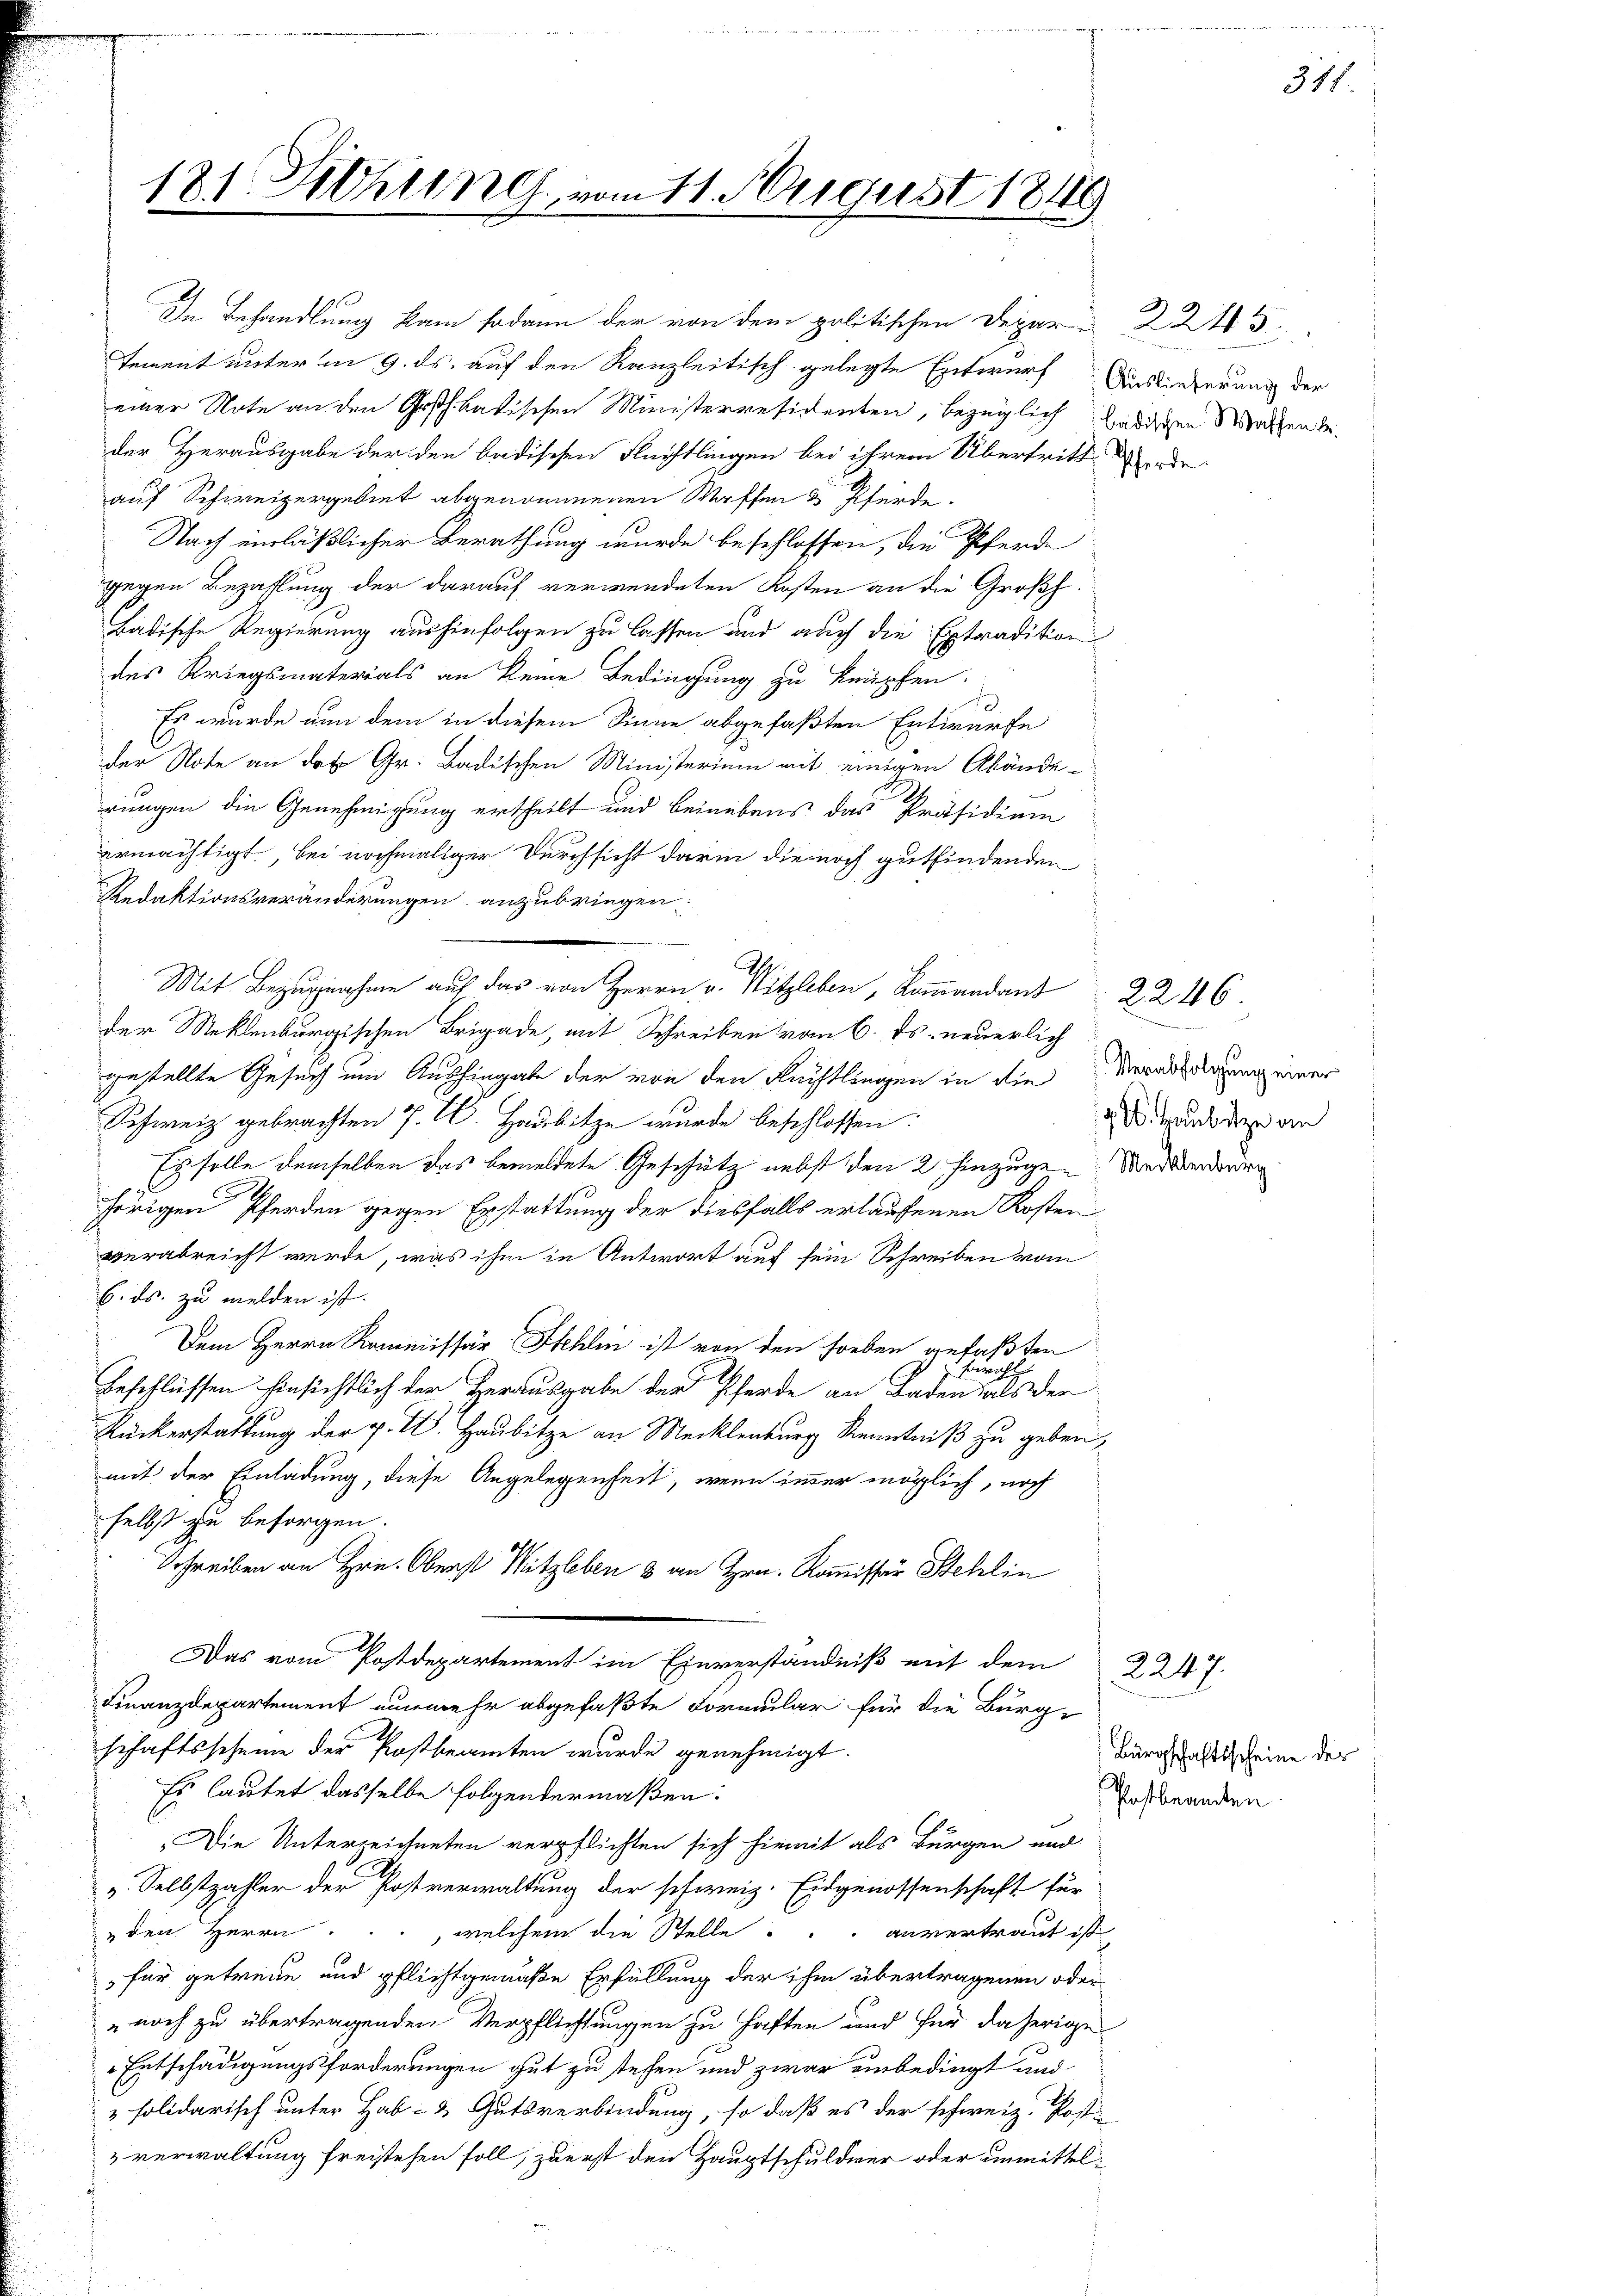
181 Schlung vom 11. August 1849

In Behandlung kam sodann der von dem politischen Depar-
tement unter in 9. ds. auf den Kanzleitisch gelegte Entwurf Auslieferung der
einer Note an den Großh. badischen Ministerresidenten, bezüglich ledigen Wochen beider Herausgabe der den badischen Flächtlingen bei ihrem Übertritt werde
auf Schweizergebiet abgenommenen Waffen & Pferde.
Nach einläßlicher Berathung wurde beschlossen, die Pferde
gegen Bezahlung der darauf verwendeten Kosten an die Großh.
Badische Regierung aushinfolgen zu lassen und auch die Extradition
des Kriegsmaterials an keine Bedingung zu knüpfen.
d
Es wurde nun dem in diesem Sinne abgefaßten Entwurfe
der Note an das Gr. Badischen Ministerium mit einigen Abände-
rungen die Genehmigung ertheilt und beinebens das Präsidium
ermächtigt, bei nochmaliger Durchsicht darin die noch gutfindenden
Redaktionsveränderungen anzubringen.
Mit Bezugnahme auf das von Herrn v. Mitzleben, Kommandant
der Meklenburgischen Brigade, mit Schreiben vom 6. ds. neuerlich
gestellte Gesuch um Aushingabe der von den Füchtlingen in die
Schweiz gebrachten J. C. Hadbitze wurde beschlossen:
Es solle demselben das bemeldete Geschütz nebst den 2. hinzuge Mederdrien
hörigen Pferden gegen Erstattung der diesfalls erlaufenen Kosten
verabreicht werde, was ihm in Antwort auf sein Schreiben vom
6. ds. zu melden ist.
Dem Herrn Kommissär Schlen ist von den soeben gefaßten
Gericht
Beschlüssen hinsichtlich der Herausgabe der Pferde an Baden als der
Ruckerstattung der p. W. Haubitze an Mecklenburg Kenntniß zu geben,
mit der Einladung, diese Angelegenheit, wenn imer möglich, noch
selbst zu besorgen.
Schreiben an Hrn. Oberst Mitzleben 8 an Hrn. Kommissär Stehlin
Das vom Postdepartement im Einverständniß mit dem 2247.
Finanzdepartement nunmehr abgefaßte Formular für die Burg-
schaftsscheine der Postbeamten wurde genehmigt.
Es lautet dasselbe folgendermaßen:
Die Unterzeichneten verpflichten sich hiemit als Bürgen und
v. Selbstzahler der Postverwaltung der schweiz. Eidgenossenschaft für
den Herrn ..., welchem die Stelle anvertraut ist
 für getreue und pflichtgemäße Erfüllung der ihm übertragenen oder
noch zu übertragenden Verpflichtungen zu haften und für daherige
Entschädigungsforderungen gut zu stehen und zwar unbedingt und
& folidarisch unter Hab- & Gutsverbindung, so daß es der schweiz. Post-
verwaltung freistehen soll, zuerst den Hauptschuldner oder unmittel¬

2245.

2246
:
Verabfolgung einer
17. A. Haubitze an

Bürgschaftsscheine der
Postbeamten

311.